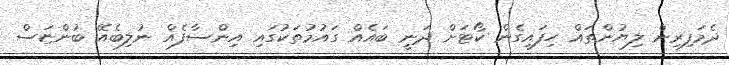
ދެމަފިރިން ލިޔުންތައް ހިފައިގެން ކޯޓަށް ދަނީ ބައެއް ގައުމުތަކުގައި އިންސާފެއް ނުލިބެއޭ ބުންޏަސް